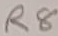
Text: R8